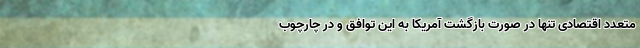
متعدد اقتصادی تنها در صورت بازگشت آمریکا به این توافق و در چارچوب